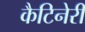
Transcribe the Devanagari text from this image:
कैटिनेरी